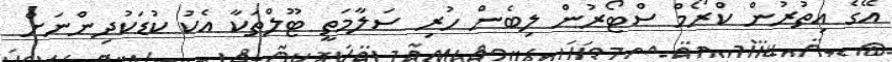
އޭގެ އިތުރުން ކްރޯމް ސްޓޯރުން ލިބެން ހުރި ސަލާމަތީ ޓޫލްތަކާ އެކު ކުޑަކުދިންނަށް